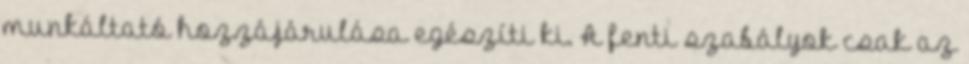
munkáltató hozzájárulása egészíti ki. A fenti szabályok csak az